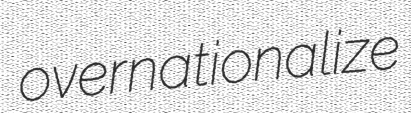
overnationalize